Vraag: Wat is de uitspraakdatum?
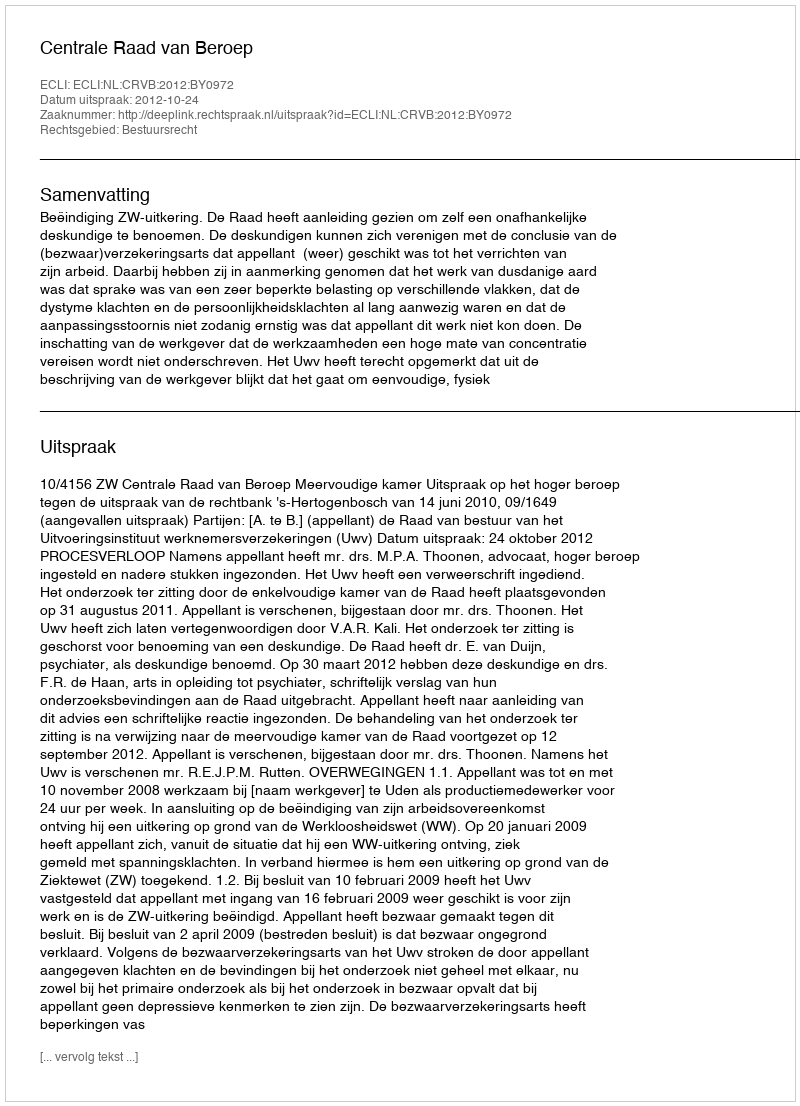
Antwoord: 2012-10-24